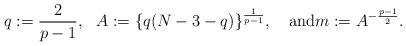
\begin{align*}q:=\frac{2}{p-1},\ \ A:=\{q(N-3-q)\}^{\frac{1}{p-1}},\quad\textrm{and}m:=A^{-\frac{p-1}{2}}.\end{align*}